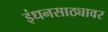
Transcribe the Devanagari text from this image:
इंधनसाठ्यावर